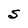
Character: S